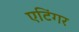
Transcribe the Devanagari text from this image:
एटिंगर